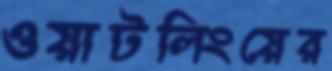
ওয়াটলিংয়ের